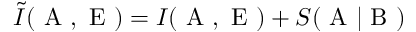
\tilde { I } ( \mathrm { ~ A ~ } , \mathrm { ~ E ~ } ) = I ( \mathrm { ~ A ~ } , \mathrm { ~ E ~ } ) + S ( \mathrm { ~ A ~ } | \mathrm { ~ B ~ } )